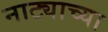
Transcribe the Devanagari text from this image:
नाट्याच्या